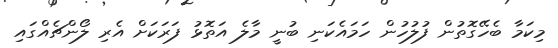
މިކަމާ ބެހޭގޮތުން ފުލުހުން ހަމައެކަނި ބުނީ މާލެ އަތޮޅު ފަރަކަށް އެރި ލޯންޗެއްގައި